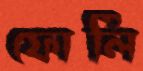
ফোলি